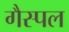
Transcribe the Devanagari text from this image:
गैस्पल